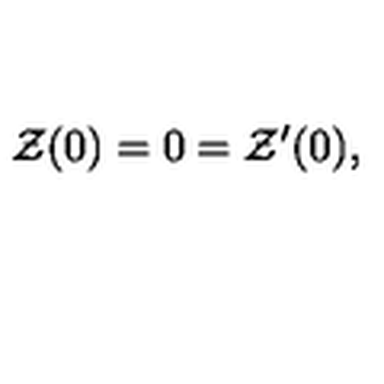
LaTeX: { \cal Z } ( 0 ) = 0 = { \cal Z } ^ { \prime } ( 0 ) ,